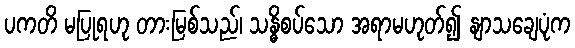
ပကတိ မပြုရဟု တားမြစ်သည်၊ သန္ဓိစပ်သော အရာမဟုတ်၍ နျာသချေပုံက